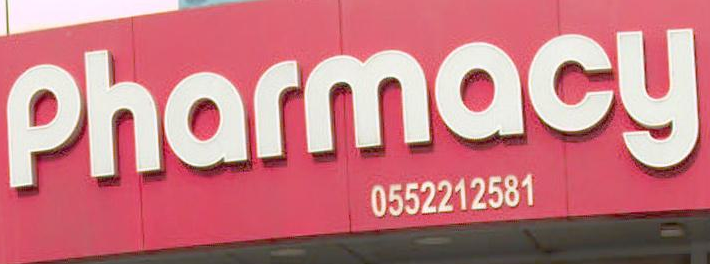
Pharmacy